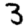
Digit: 3